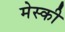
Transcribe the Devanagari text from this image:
मेस्की